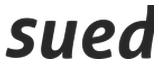
sued